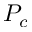
P _ { c }